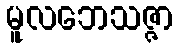
မူလဘေသဇ္ဇာ